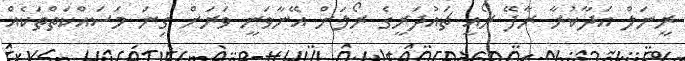
ރީނަލް އަދާކުރާ ރާފޭ ރޯއީ ޗައުދަރީގެ ރޯލަށް އޭނާވަނީ ވަރަށް ގިނަ މަސައްކަތްތަކެއް